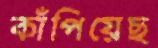
কাঁপিয়েছ